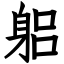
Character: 躳